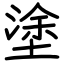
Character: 塗